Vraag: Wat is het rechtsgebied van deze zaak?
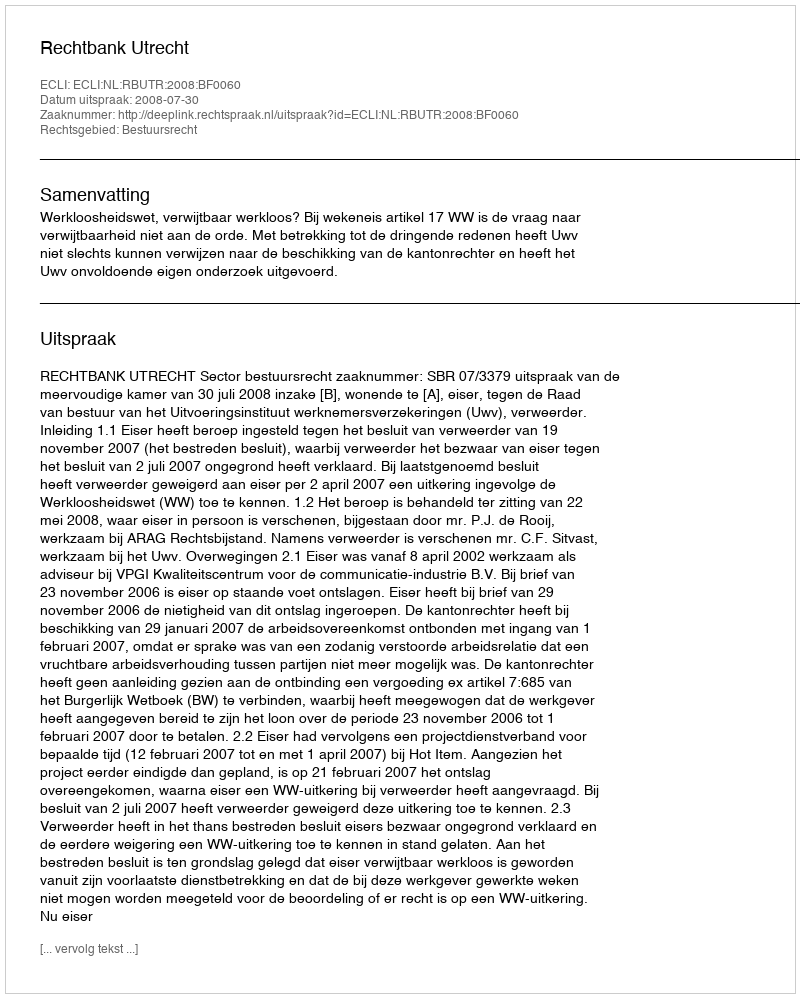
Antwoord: Bestuursrecht